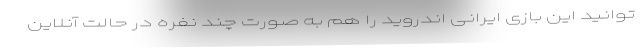
توانید این بازی ایرانی اندروید را هم به صورت چند نفره در حالت آنلاین